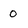
Character: 0